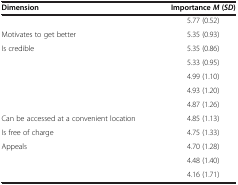
<table><thead><tr><td><b>Dimension</b></td><td><b>Importance <i>M </i>(<i>SD</i>)</b></td></tr></thead><tbody><tr><td>[EMPTY_CELL]</td><td>5.77 (0.52)</td></tr><tr><td>Motivates to get better</td><td>5.35 (0.93)</td></tr><tr><td>Is credible</td><td>5.35 (0.86)</td></tr><tr><td>[EMPTY_CELL]</td><td>5.33 (0.95)</td></tr><tr><td>[EMPTY_CELL]</td><td>4.99 (1.10)</td></tr><tr><td>[EMPTY_CELL]</td><td>4.93 (1.20)</td></tr><tr><td>[EMPTY_CELL]</td><td>4.87 (1.26)</td></tr><tr><td>Can be accessed at a convenient location</td><td>4.85 (1.13)</td></tr><tr><td>Is free of charge</td><td>4.75 (1.33)</td></tr><tr><td>Appeals</td><td>4.70 (1.28)</td></tr><tr><td>[EMPTY_CELL]</td><td>4.48 (1.40)</td></tr><tr><td>[EMPTY_CELL]</td><td>4.16 (1.71)</td></tr></tbody></table>